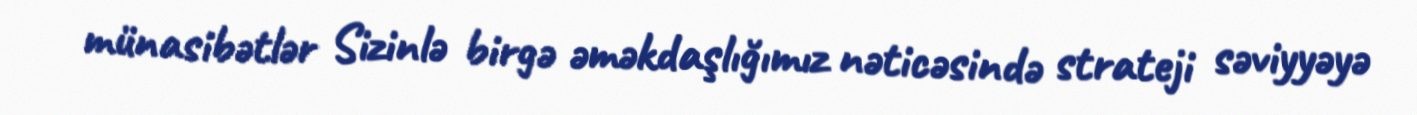
münasibətlər Sizinlə birgə əməkdaşlığımız nəticəsində strateji səviyyəyə